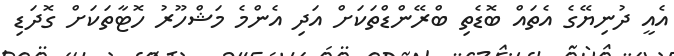
އެއީ ދުނިޔޭގެ އެތައް ބޮޑެތި ބްރޭންޑްތަކަށް އަދި އެންމެ މަޝްހޫރު ހޮޓާތަކަށް ގޮދަޑި